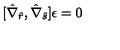
[ \hat { \nabla } _ { \hat { r } } , \hat { \nabla } _ { \hat { s } } ] \epsilon = 0